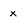
Character: x